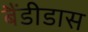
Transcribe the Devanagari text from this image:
बैंडीडास